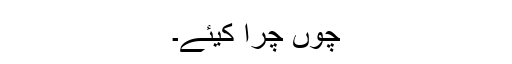
چوں چرا کیئے۔